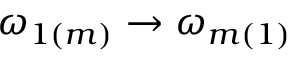
\omega _ { 1 ( m ) } \to \omega _ { m ( 1 ) }